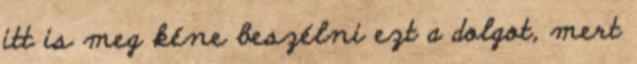
itt is meg kéne beszélni ezt a dolgot, mert